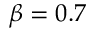
\beta = 0 . 7